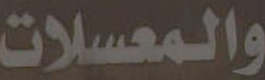
والمعسلات